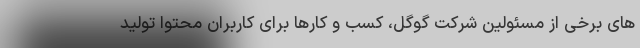
های برخی از مسئولین شرکت گوگل، کسب و کارها برای کاربران محتوا تولید